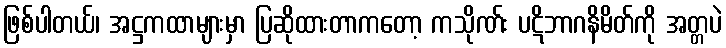
ဖြစ်ပါတယ်၊ အဋ္ဌကထာများမှာ ပြဆိုထားတာကတော့ ကသိုဏ်း ပဋိဘာဂနိမိတ်ကို အတ္တပဲ